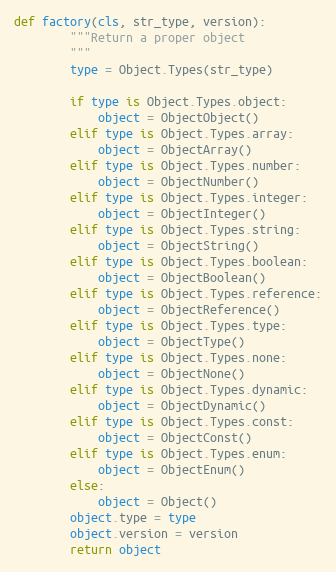
Language: Python
def factory(cls, str_type, version):
        """Return a proper object
        """
        type = Object.Types(str_type)

        if type is Object.Types.object:
            object = ObjectObject()
        elif type is Object.Types.array:
            object = ObjectArray()
        elif type is Object.Types.number:
            object = ObjectNumber()
        elif type is Object.Types.integer:
            object = ObjectInteger()
        elif type is Object.Types.string:
            object = ObjectString()
        elif type is Object.Types.boolean:
            object = ObjectBoolean()
        elif type is Object.Types.reference:
            object = ObjectReference()
        elif type is Object.Types.type:
            object = ObjectType()
        elif type is Object.Types.none:
            object = ObjectNone()
        elif type is Object.Types.dynamic:
            object = ObjectDynamic()
        elif type is Object.Types.const:
            object = ObjectConst()
        elif type is Object.Types.enum:
            object = ObjectEnum()
        else:
            object = Object()
        object.type = type
        object.version = version
        return object